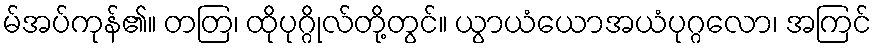
မ်အပ်ကုန်၏။ တတြ၊ ထိုပုဂ္ဂိုလ်တို့တွင်။ ယွာယံယောအယံပုဂ္ဂလော၊ အကြင်